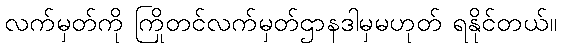
လက်မှတ်ကို ကြိုတင်လက်မှတ်ဌာနဒါမှမဟုတ် ရနိုင်တယ်။